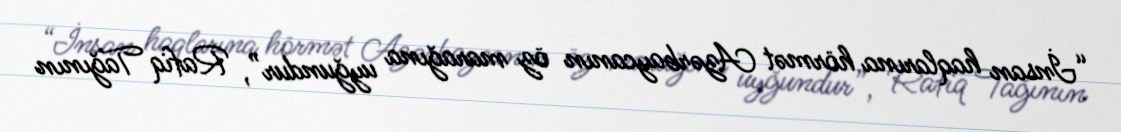
“İnsan haqlarına hörmət Azərbaycanın öz marağına uyğundur”, Rafiq Tağının